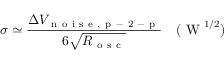
\sigma \simeq \frac { \Delta V _ { \mathrm { ~ n ~ o ~ i ~ s ~ e ~ , ~ p ~ - ~ 2 ~ - ~ p ~ } } } { 6 \sqrt { R _ { \mathrm { ~ o ~ s ~ c ~ } } } } \quad ( \mathrm { ~ W ~ } ^ { 1 / 2 } )